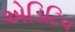
એડિટિવ